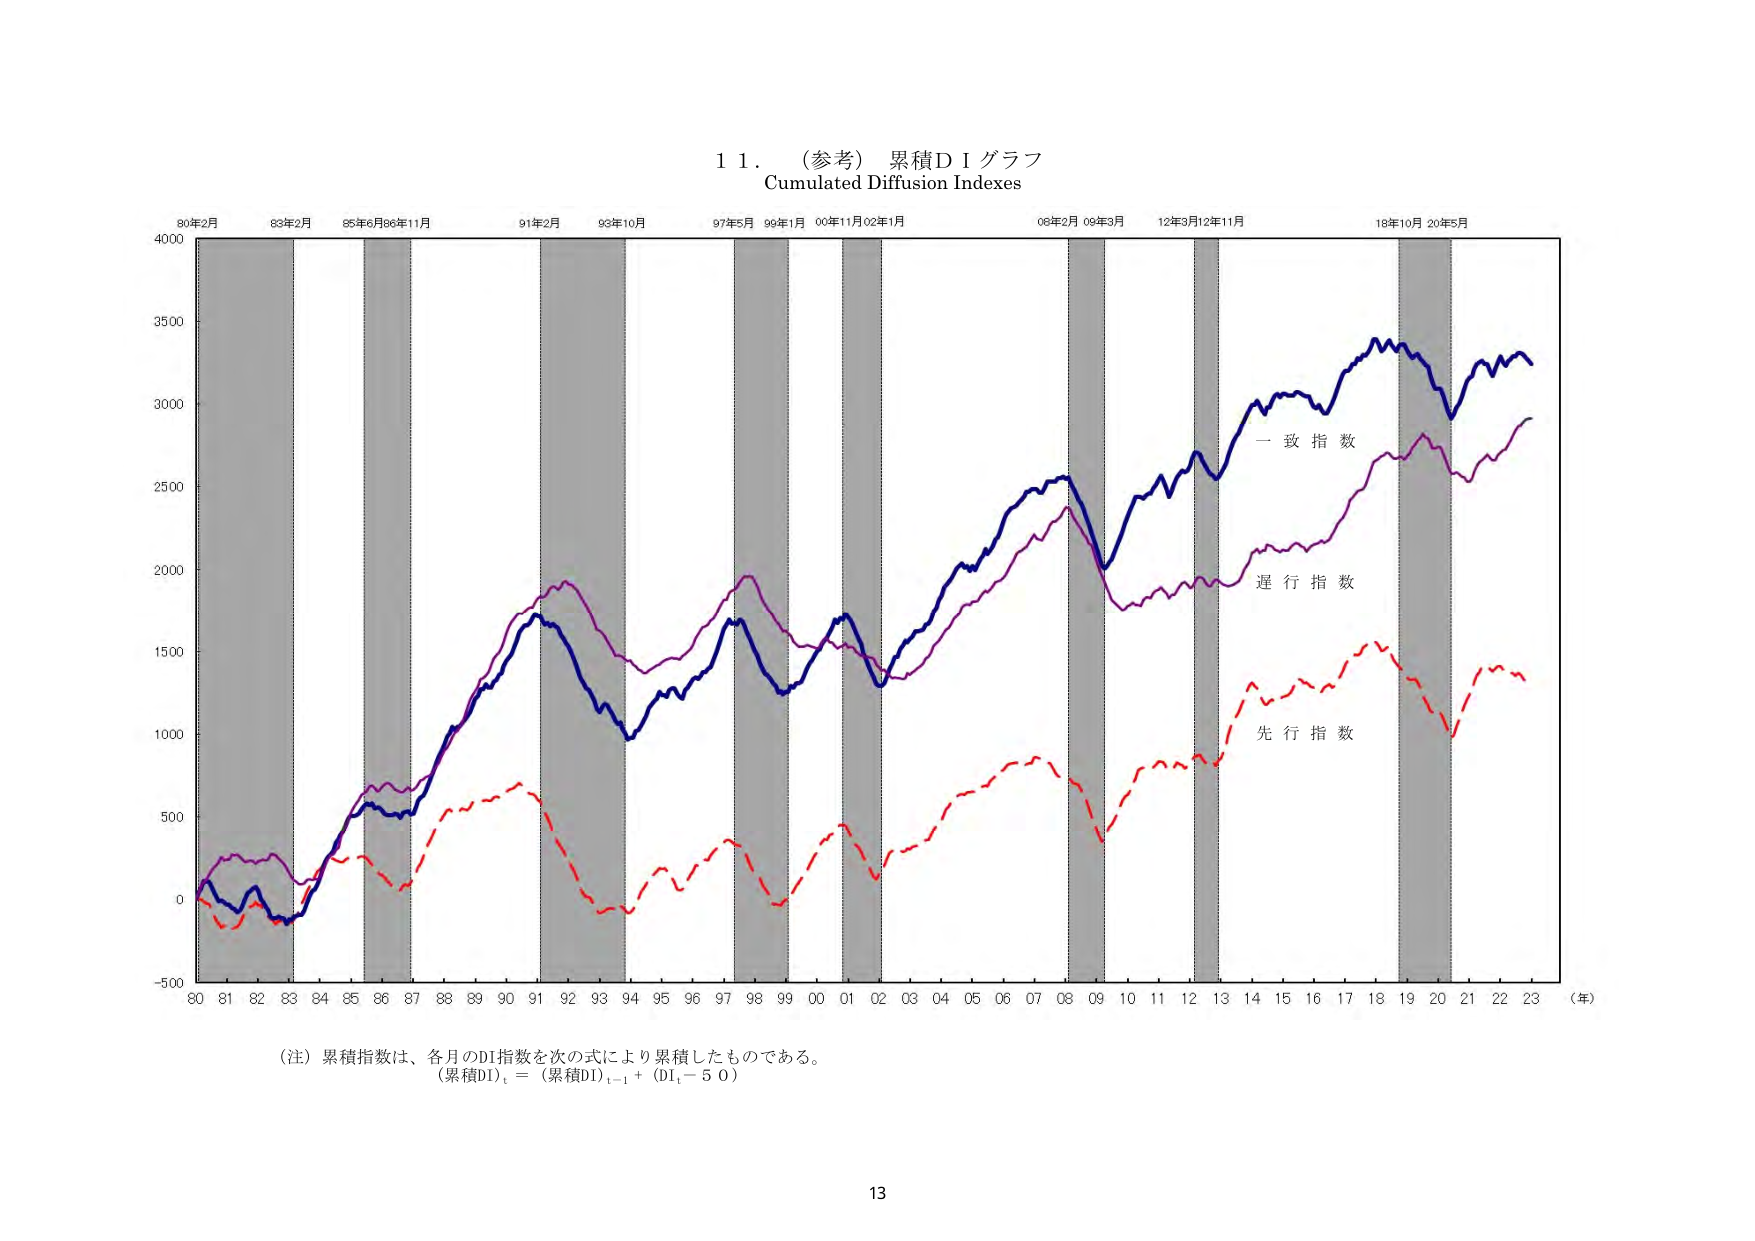
11. （参考）累積ＤＩグラフ
Cumulated Diffusion Indexes

80年2月 83年2月 85年6月86年11月 91年2月 93年10月 97年5月 99年1月 00年11月02年1月 08年2月 09年3月 12年3月12年11月 18年10月 20年5月

4000
3500
3000
2500
2000
1500
1000
500
0
-500

一致指数
遅行指数
先行指数

80 81 82 83 84 85 86 87 88 89 90 91 92 93 94 95 96 97 98 99 00 01 02 03 04 05 06 07 08 09 10 11 12 13 14 15 16 17 18 19 20 21 22 23 （年）

（注）累積指数は、各月のDI指数を次の式により累積したものである。
（累積DI）t = （累積DI）t-1 + （DI t - 50）

13